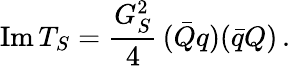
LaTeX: \mathrm{Im}\, T_{S}=\frac{G_{S}^{2}}{4}\, (\bar{Q}q)(\bar{q}Q)\, .